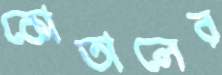
কোতালের